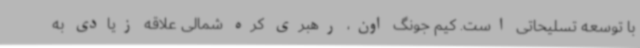
با توسعه تسلیحاتی است. کیم جونگ اون، رهبری کره شمالی علاقه زیادی به